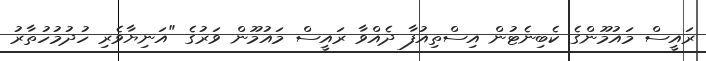
ރައީސް މައުމޫންގެ ކެބިނެޓުން އިސްތިއުފާ ދެއްވާ ރައީސް މައުމޫން ވަރުގެ "އަނިޔާވެރި ހުދުމުހުތާރު